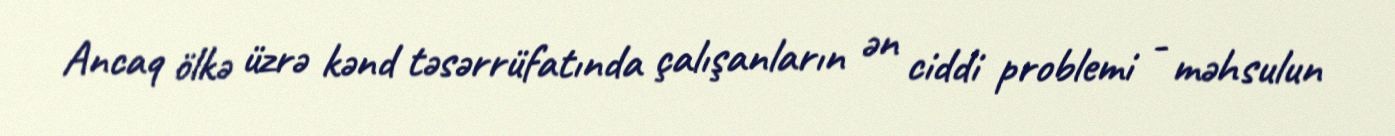
Ancaq ölkə üzrə kənd təsərrüfatında çalışanların ən ciddi problemi - məhsulun